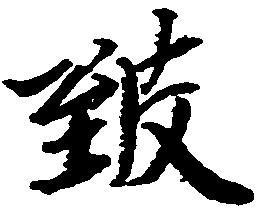
致